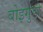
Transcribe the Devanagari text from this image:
बोइगुडा